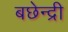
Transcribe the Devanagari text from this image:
बछेन्द्री